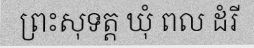
ព្រះសុទត្ត ឃុំ ពល ដំរី